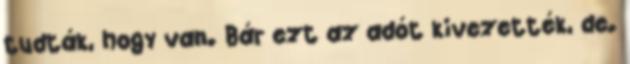
tudták, hogy van. Bár ezt az adót kivezették, de.